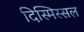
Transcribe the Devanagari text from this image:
दिस्मिस्सल